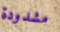
مشدودة